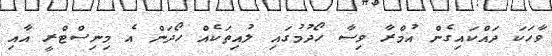
ވާހަކަ ދައްކައިގެން އުމްރާ ވިސާ ހޯދުމުގައި ލުއިތަކެއް ހޯދަން އެ މިނިސްޓްރީ އާއި